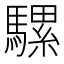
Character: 騾